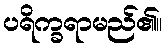
ပရိက္ခရာမည်၏။